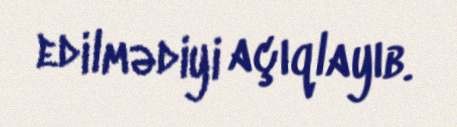
edilmədiyi açıqlayıb.